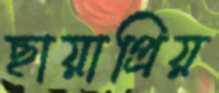
ছায়াপ্রিয়